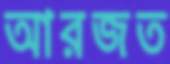
আরজত